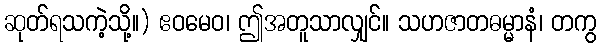
ဆုတ်ရသကဲ့သို့။) ဧဝမေဝ၊ ဤအတူသာလျှင်။ သဟဇာတဓမ္မာနံ၊ တကွ